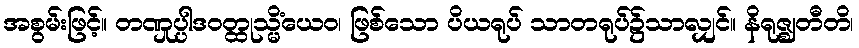
အစွမ်းဖြင့်။ တဏှုပ္ပါဒဝတ္ထုသ္မိံယေဝ၊ ဖြစ်သော ပိယရုပ် သာတရုပ်၌သာလျှင်။ နိရုဇ္ဈတီတိ၊